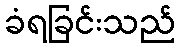
ခံရခြင်းသည်